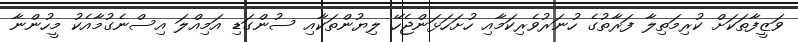
ވަޒީފާތަކަށް ކުރިމަތިލާ ފަރާތުގެ ހުނަރުވެރިކަމާއި ހުށަހަޅަންޖެހޭ ލިޔުންތަކާއި ސުންގަޑި އަމިއްލަ އިސްނެގުމާއެކު މީހުންނާ